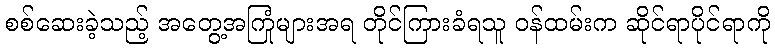
စစ်ဆေးခဲ့သည့် အတွေ့အကြုံများအရ တိုင်ကြားခံရသူ ဝန်ထမ်းက ဆိုင်ရာပိုင်ရာကို